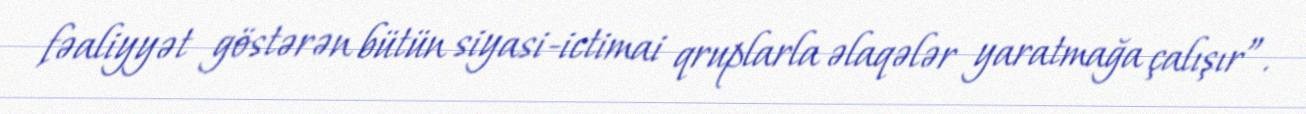
fəaliyyət göstərən bütün siyasi-ictimai qruplarla əlaqələr yaratmağa çalışır”.